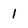
Character: 1